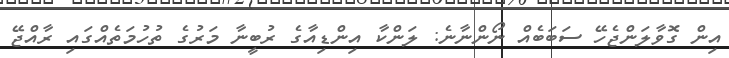
އިން ގޮވާލަންޖެހޭ ސަބަބެއް ނޯންނާނެ: ލަންކާ އިންޑިއާގެ ރުބީނާ މަރުގެ ތުހުމަތެއްގައި ރާއްޖޭ